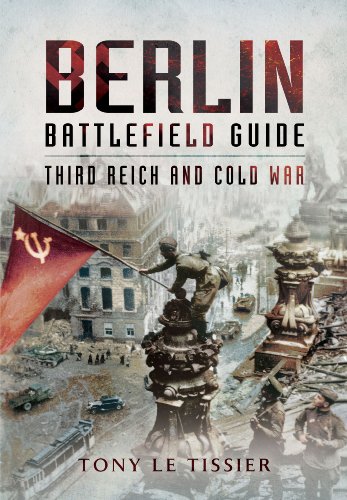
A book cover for Berlin Battlefield Guide: Third Reich and Cold War; Tony Le Tissier; Travel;